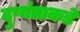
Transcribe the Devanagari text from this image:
दुष्यंताकडे